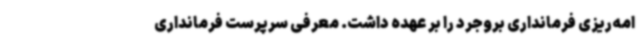
امه‌ریزی فرمانداری بروجرد را بر عهده داشت. معرفی سرپرست فرمانداری